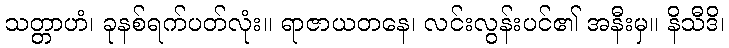
သတ္တာဟံ၊ ခုနစ်ရက်ပတ်လုံး။ ရာဇာယတနေ၊ လင်းလွန်းပင်၏ အနီးမှ။ နိသီဒိ၊